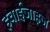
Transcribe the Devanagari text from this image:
हवाईजाहज